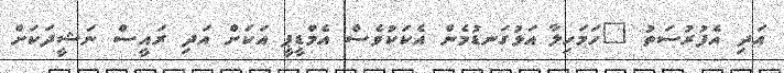
އަދި އެފުރުސަތު "ހަމަހިލާ އަޅުގަނޑުމެން އެކަކުވެސް އެމްޑީޕީ އަކަށް އަދި ރައީސް ނަޝީދަކަށް